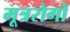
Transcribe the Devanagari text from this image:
मूत्ररोगों